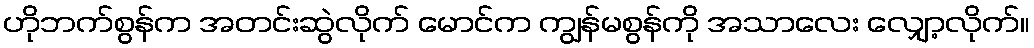
ဟိုဘက်စွန်က အတင်းဆွဲလိုက် မောင်က ကျွန်မစွန်ကို အသာလေး လျှော့လိုက်။